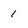
Character: 1